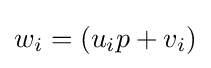
w_{i}=(u_{i}p+v_{i})